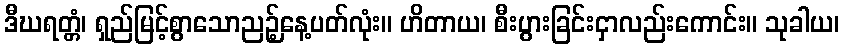
ဒီဃရတ္တံ၊ ရှည်မြင့်စွာသောညဉ့်နေ့ပတ်လုံး။ ဟိတာယ၊ စီးပွားခြင်းငှာလည်းကောင်း။ သုခါယ၊